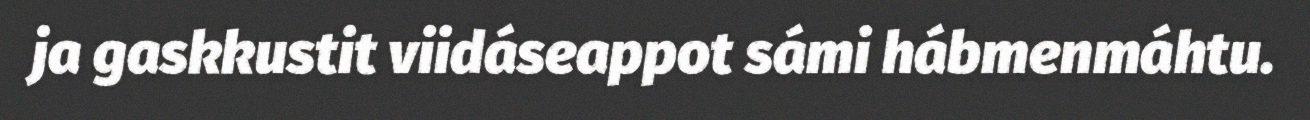
ja gaskkustit viidáseappot sámi hábmenmáhtu.